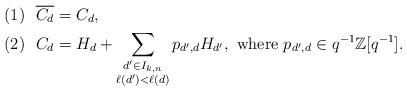
LaTeX: \begin{align*}(1) ~~\overline{C_{d}}&=C_{d},\\(2) ~~C_{d}&=H_{d}+\sum\limits_{\substack{d'\in I_{k,n} \\ \ell(d')<\ell(d)}}p_{d', d}H_{d'}, ~\mbox{where } p_{d', d}\in q^{-1}\mathbb{Z}[q^{-1}].\end{align*}